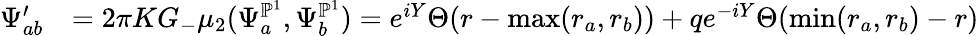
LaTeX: \begin{array}{rl}{\Psi_{ab}^{\prime}}&{=2\pi KG_{-}\mu_{2}(\Psi_{a}^{\mathbb{P}^{1}},\Psi_{b}^{\mathbb{P}^{1}})=e^{iY}\Theta(r-\operatorname*{max}(r_{a},r_{b}))+qe^{-iY}\Theta(\operatorname*{min}(r_{a},r_{b})-r)}\end{array}